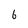
Character: 6